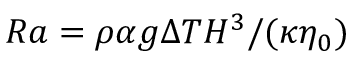
R a = \rho \alpha g \Delta T H ^ { 3 } / ( \kappa \eta _ { 0 } )